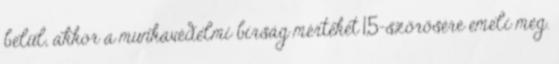
belül, akkor a munkavédelmi bírság mértékét 1,5-szörösére emeli meg.